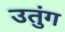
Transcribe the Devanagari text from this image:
उतुंग